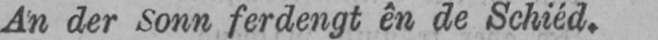
An der Sonn ferdengt ên de Schiéd.